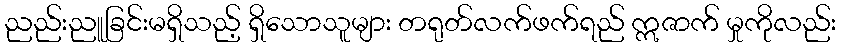
ညည်းညူခြင်းမရှိသည့် ရှိသောသူများ တရုတ်လက်ဖက်ရည် ဣဇာက် မှုကိုလည်း